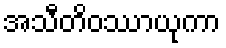
အသီတိဝဿာယုကာ